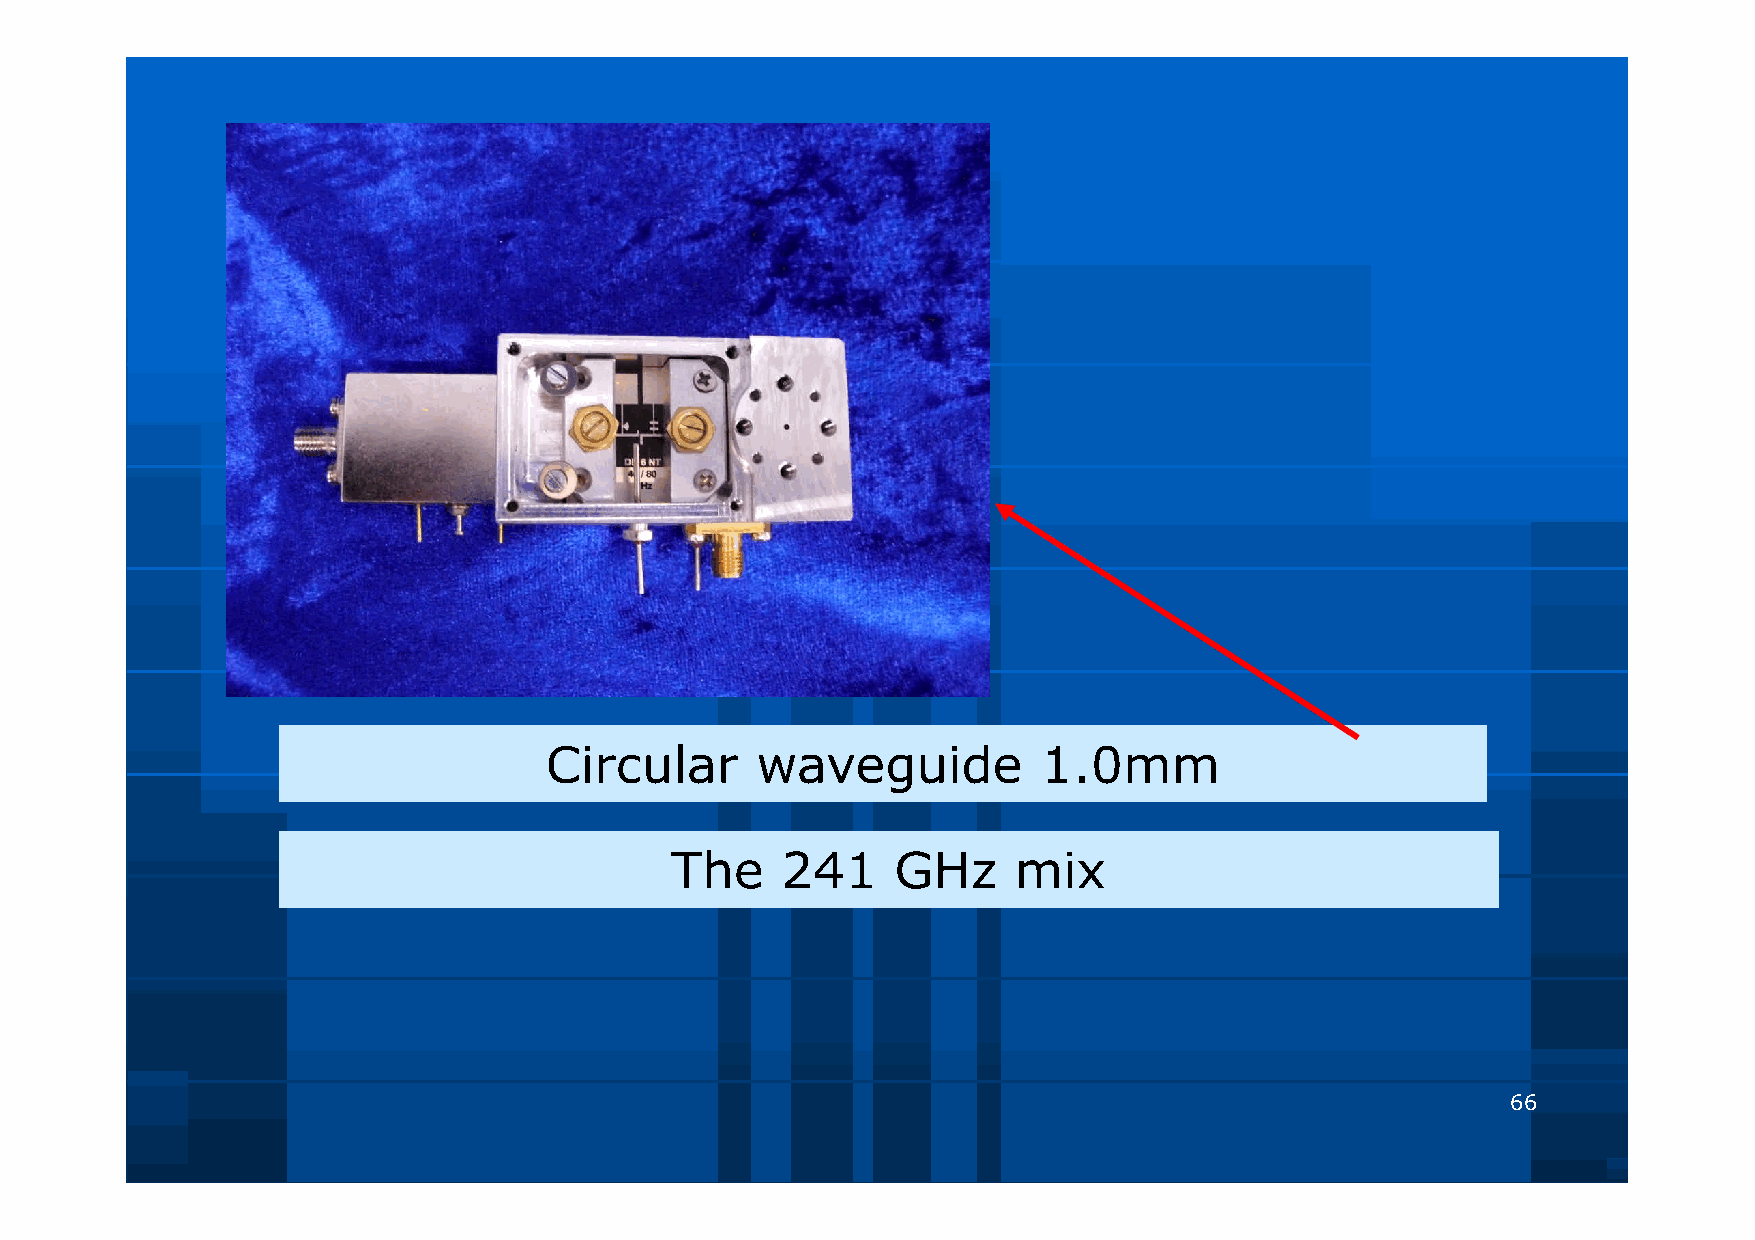
Circular      waveguide          1.0mm
 The     241    GHz     mix
 66